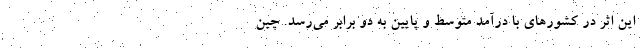
این اثر در کشورهای با درآمد متوسط و پایین به دو برابر می‌رسد. چین